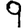
Digit: 9